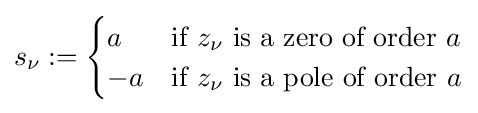
s_{\nu }:={\begin{cases}a&{\text{if }}z_{\nu }{\text{ is a zero of order }}a\\-a&{\text{if }}z_{\nu }{\text{ is a pole of order }}a\end{cases}}